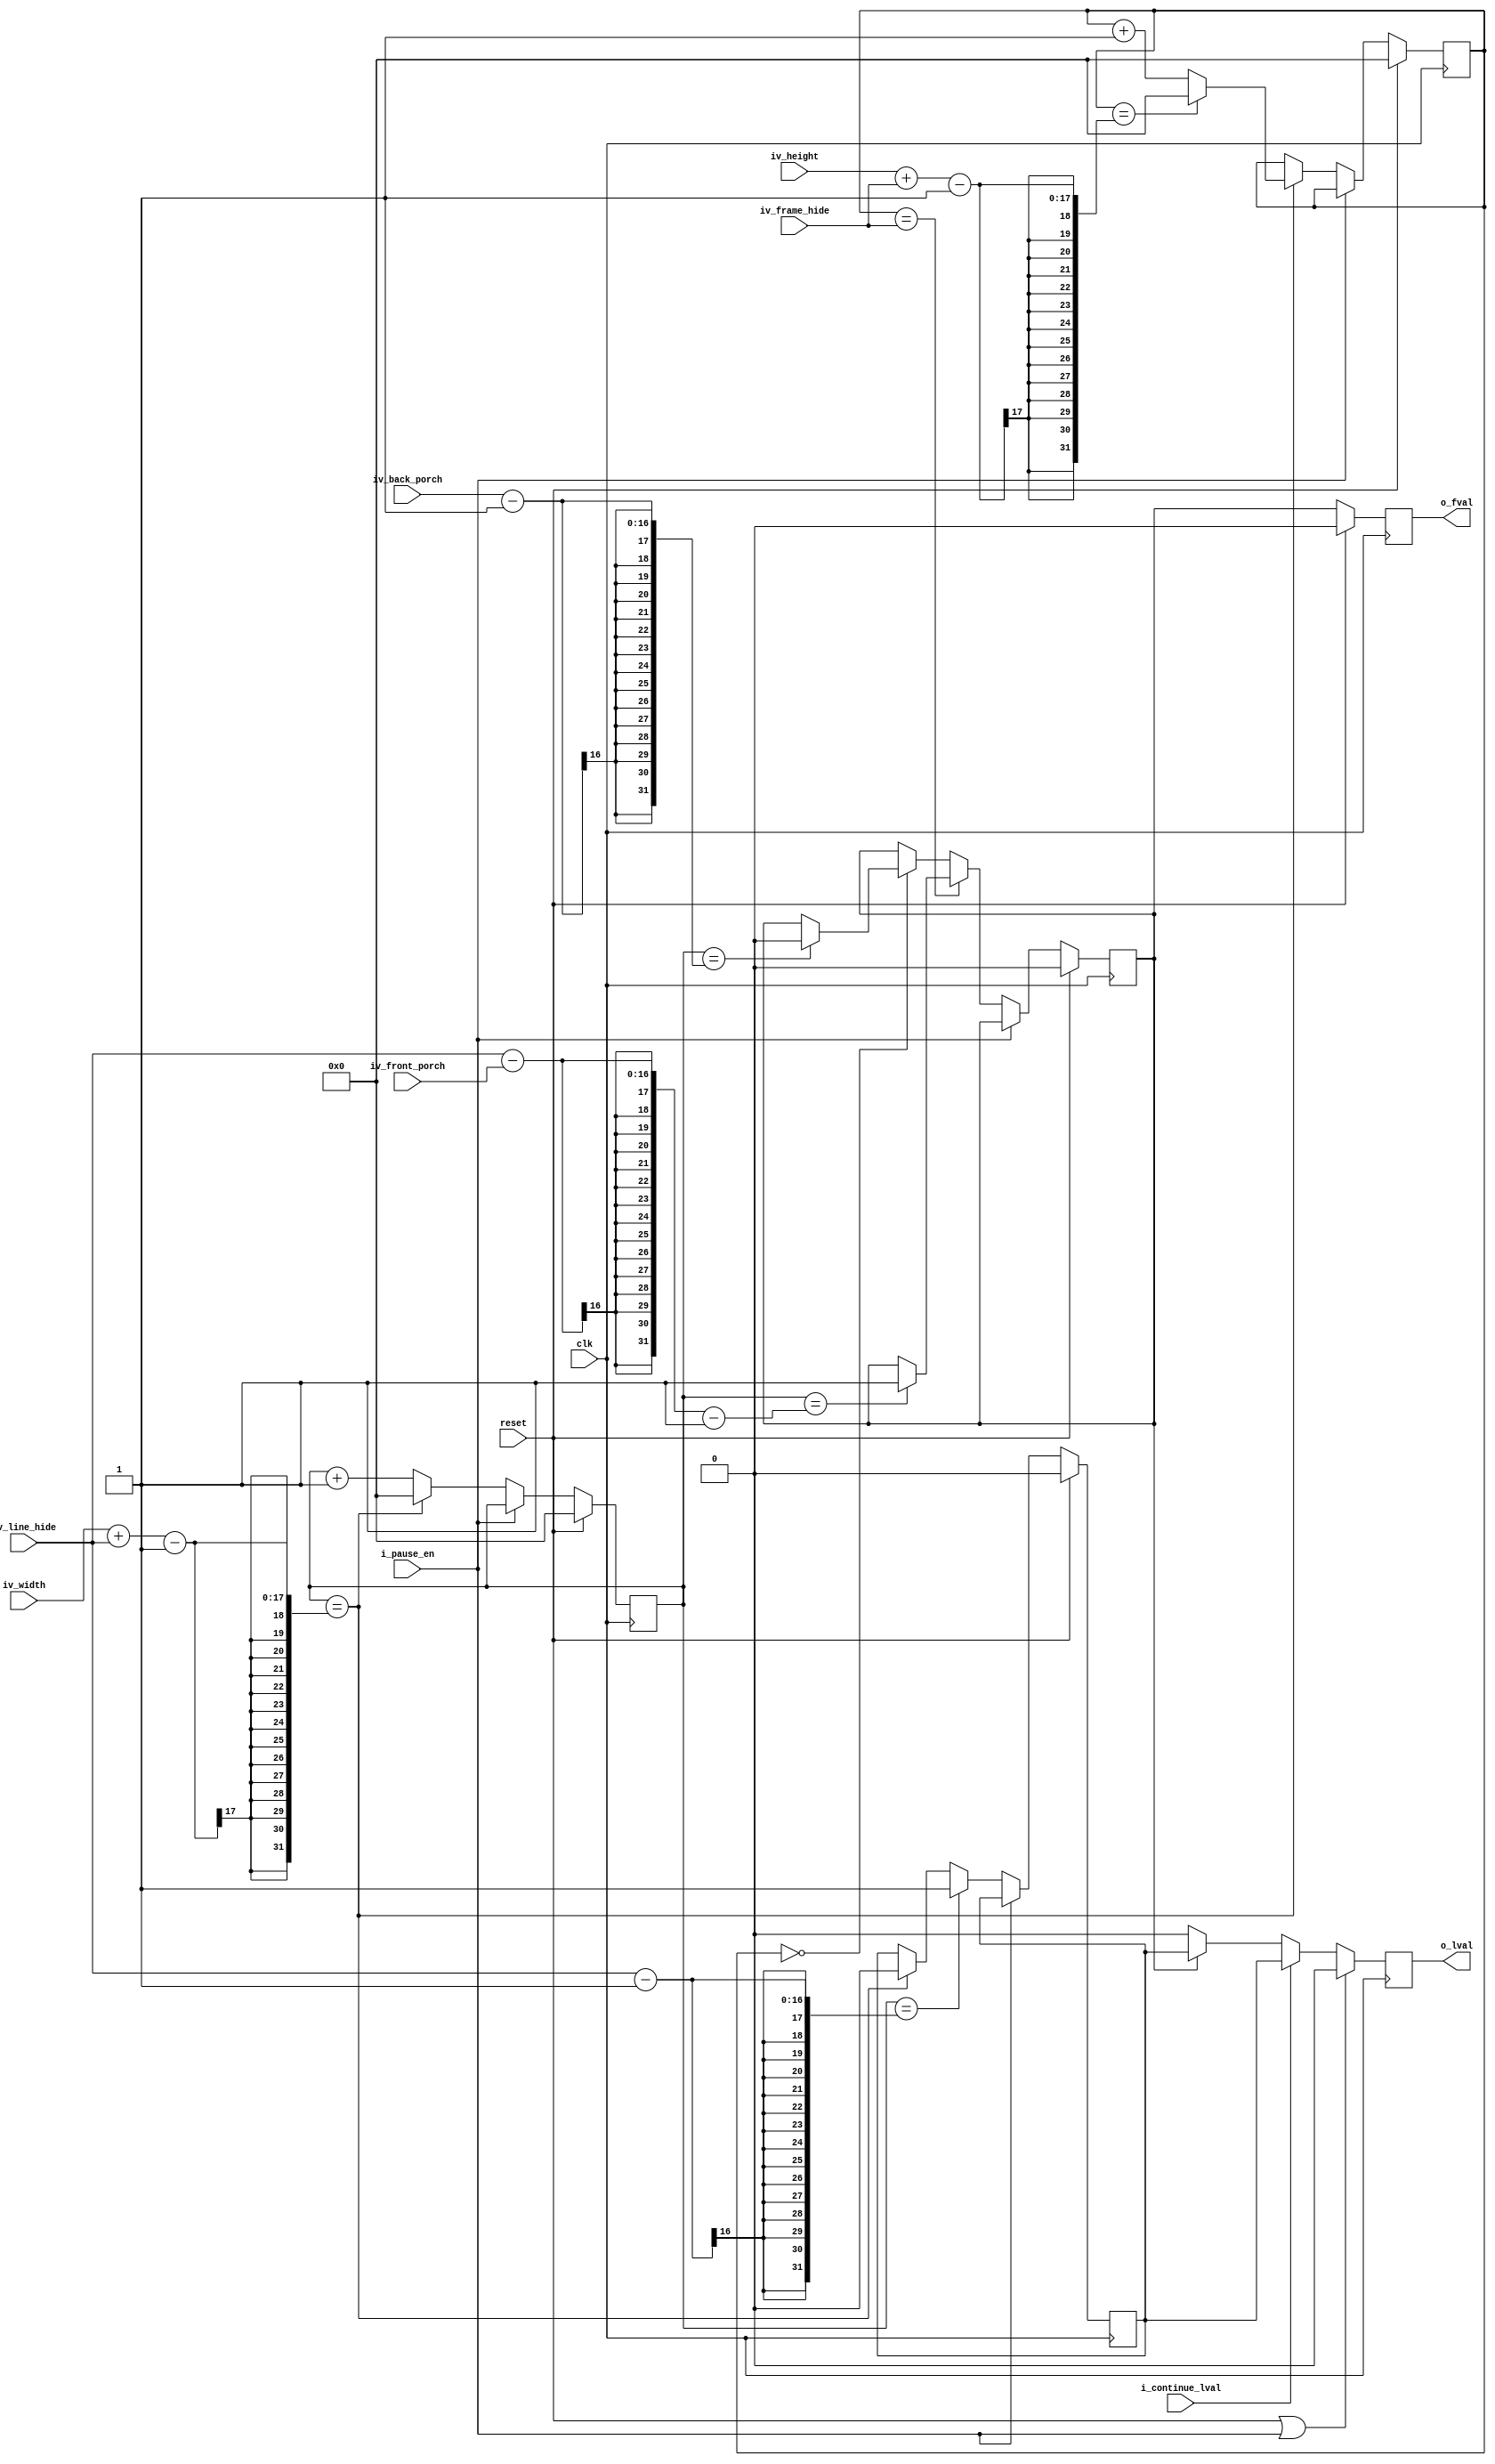
//-------------------------------------------------------------------------------------------------
//  --    : , 2010 -2015.
//  --      .
//  --          : FPGA
//  --        : frame_line_pattern
//  --        : 
//-------------------------------------------------------------------------------------------------
//
//  --  :
//
//  --          :| 				:|  
//-------------------------------------------------------------------------------------------------
//  --        :| 2013/5/24 10:08:24	:|  
//  --        :| 2014/6/9 14:52:56	:|  
//-------------------------------------------------------------------------------------------------
//
//  --      :	 fval  lval 
//              1)  : parameterdefine
//
//              2)  : ... ...
//
//              3)  : ... ...
//
//		
//
//																				|<--iv_frame_hide	  ->|
//					_____________________________________________________________						______
//	fval	________|															|_______________________|
//							_________		_________		   	_________
//	lval	________________|		|_______|		|____****___|		|________________________________
//
//					|<-	  ->|		|<-	  ->|<-   ->|					|<-   ->|
//						|				|		|							|
//				iv_front_porch 			|		|							|
//								iv_line_hide	|							|
//											iv_width					iv_back_porch

//-------------------------------------------------------------------------------------------------
///
//-------------------------------------------------------------------------------------------------

module frame_line_pattern # (
	parameter			FVAL_LVAL_ALIGN		= "FALSE"	//"TRUE" - fval  lval 3"FALSE" - fval  lval 
	)
	(
	//
	input				clk							,	//
	input				reset						,	//
	//
	input				i_pause_en					,	//1: 0:
	input				i_continue_lval				,	//1:0:
	input	[15:0]		iv_width					,	//64k
	input	[15:0]		iv_line_hide				,	//64k
	input	[15:0]		iv_height					,	//64k
	input	[15:0]		iv_frame_hide				,	//64k
	input	[15:0]		iv_front_porch				,	//fvallval
	input	[15:0]		iv_back_porch				,	//fvallval
	//
	output				o_fval						,	//
	output				o_lval							//
	);

	//ref signals

	wire	[15:0]		wv_front_porch				;
	wire	[15:0]		wv_back_porch				;
	reg		[16:0]		allpix_cnt_per_line 		= 17'b0	;	//pix128kpix
	reg		[16:0]		line_cnt 					= 17'b0	;	//
	reg					fval_reg					= 1'b0	;	//
	reg					lval_reg					= 1'b0	;	//
	reg					fval_reg1					= 1'b0	;	//
	reg					lval_reg1					= 1'b0	;	//


	//ref ARCHITECTURE

	//	===============================================================================================
	//	ref ******
	//	===============================================================================================
	//	-------------------------------------------------------------------------------------
	//	 FVAL_LVAL_ALIGN 3
	//	-------------------------------------------------------------------------------------
	generate
		if(FVAL_LVAL_ALIGN=="TRUE") begin
			assign	wv_front_porch	= 16'h3;
			assign	wv_back_porch	= 16'h3;
		end
		else begin
			assign	wv_front_porch	= iv_front_porch;
			assign	wv_back_porch	= iv_back_porch;
		end
	endgenerate

	//	===============================================================================================
	//	ref ******
	//	===============================================================================================
	//	-------------------------------------------------------------------------------------
	//	allpix_cnt_per_line
	//	1.pix
	//	2.
	//	-------------------------------------------------------------------------------------
	always @ (posedge clk) begin
		if(reset) begin
			allpix_cnt_per_line	<=17'b0;
		end
		else begin
			if(!i_pause_en) begin
				if(allpix_cnt_per_line==(iv_width+iv_line_hide-1)) begin
					allpix_cnt_per_line	<= 17'b0;
				end
				else begin
					allpix_cnt_per_line	<= allpix_cnt_per_line + 1'b1;
				end
			end
		end
	end

	//	-------------------------------------------------------------------------------------
	//	line_cnt
	//	1.
	//	2.
	//	3.
	//	--line_cnt
	//	--
	//	-------------------------------------------------------------------------------------
	always @ (posedge clk) begin
		if(reset) begin
			line_cnt	<= 16'b0;
		end
		else begin
			if(!i_pause_en) begin
				if(allpix_cnt_per_line==(iv_width+iv_line_hide-1)) begin
					if(line_cnt==(iv_height+iv_frame_hide-1)) begin
						line_cnt	<= 17'b0;
					end
					else begin
						line_cnt	<= line_cnt + 1'b1;
					end
				end
			end
		end
	end

	//	-------------------------------------------------------------------------------------
	//	fval_reg
	//	1.
	//	2.
	//	3.
	//	--line_cntallpix_cnt_per_line=1
	//	--line_cnt0allpix_cnt_per_line=0
	//	-------------------------------------------------------------------------------------
	always @ (posedge clk) begin
		if(reset) begin
			fval_reg	<= 1'b0;
		end
		else begin
			if(!i_pause_en) begin
				if(line_cnt==iv_frame_hide) begin
					if(allpix_cnt_per_line==(iv_line_hide-wv_front_porch-1)) begin
						fval_reg	<= 1'b1;
					end
				end
				else if(line_cnt==17'b0) begin
					if(allpix_cnt_per_line==(wv_back_porch-1)) begin
						fval_reg	<= 1'b0;
					end
				end
			end
		end
	end

	//	-------------------------------------------------------------------------------------
	//	lval_reg
	//	1.
	//	2.
	//	3.
	//	--allpix_cnt_per_line=1
	//	--allpix_cnt_per_line=0
	//	-------------------------------------------------------------------------------------
	always @ (posedge clk) begin
		if(reset) begin
			lval_reg	<= 1'b0;
		end
		else begin
			if(!i_pause_en) begin
				if(allpix_cnt_per_line==(iv_line_hide-1)) begin
					lval_reg	<= 1'b1;
				end
				else if(allpix_cnt_per_line==(iv_width+iv_line_hide-1)) begin
					lval_reg	<= 1'b0;
				end
			end
		end
	end

	//  ===============================================================================================
	//	ref ******
	//  ===============================================================================================
	//	-------------------------------------------------------------------------------------
	//	fval
	//	1.lvalfval
	//	-------------------------------------------------------------------------------------
	always @ (posedge clk) begin
		if(reset) begin
			fval_reg1	<= 1'b0;
		end
		else begin
			fval_reg1	<= fval_reg;
		end
	end

	//	-------------------------------------------------------------------------------------
	//	lval
	//	1.pauselval
	//	2.fvallval
	//	-------------------------------------------------------------------------------------
	always @ (posedge clk) begin
		if(reset==1'b1 || i_pause_en==1'b1) begin
			lval_reg1	<= 1'b0;
		end
		else begin
			if(i_continue_lval) begin
				lval_reg1	<= lval_reg;
			end
			else begin
				if(fval_reg) begin
					lval_reg1	<= lval_reg;
				end
				else begin
					lval_reg1	<= 1'b0;
				end
			end

		end
	end

	//	-------------------------------------------------------------------------------------
	//	
	//	-------------------------------------------------------------------------------------
	assign	o_fval		= fval_reg1;
	assign	o_lval		= lval_reg1;


endmodule